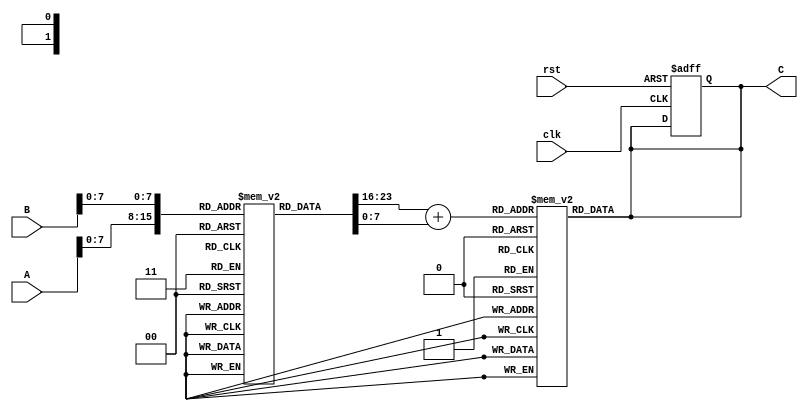
module LogarithmicMultiplier #(
    parameter WIDTH = 16,          // Bit-width for input and output
    parameter LUT_SIZE = 256       // Size of the LUT for logarithm and exp
)(
    input wire [WIDTH-1:0] A,     // First operand
    input wire [WIDTH-1:0] B,     // Second operand
    input wire clk,                // Clock signal
    input wire rst,                // Reset signal
    output reg [WIDTH-1:0] C       // Output result (C = A * B)
);

    // Logarithm LUT (example values, should be filled with actual logarithm values)
    reg [WIDTH-1:0] log_LUT [0:LUT_SIZE-1];
    // Exponentiation LUT (example values, should be filled with actual exp values)
    reg [WIDTH-1:0] exp_LUT [0:LUT_SIZE-1];

    // Internal signals
    reg [WIDTH-1:0] log_A;
    reg [WIDTH-1:0] log_B;
    reg [WIDTH-1:0] log_sum;

    // Logarithm Block
    always @(*) begin
        log_A = log_LUT[A]; // Lookup log(A)
        log_B = log_LUT[B]; // Lookup log(B)
    end

    // Adder Block
    always @(*) begin
        log_sum = log_A + log_B; // log(A * B) = log(A) + log(B)
    end

    // Exponentiation Block
    always @(*) begin
        C = exp_LUT[log_sum]; // Lookup exp(log_sum)
    end

    // Sequential logic for control
    always @(posedge clk or posedge rst) begin
        if (rst) begin
            C <= 0; // Reset output
        end else begin
            // Output is updated on clock edge
            // (Already handled in combinational logic above)
        end
    end

endmodule